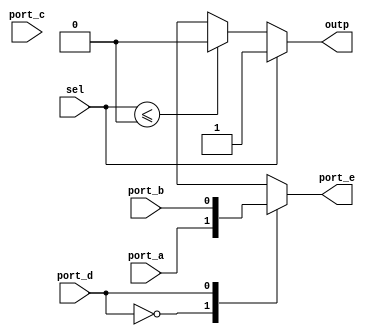
module MOD_NR_SYXZ (sel,port_a,port_b,port_c,port_d,port_e,outp);
   input sel,port_a,port_b,port_c,port_d;
   output port_e, outp;
   reg port_e, outp;
   always @(port_a or port_b or port_c or port_d)
   begin
      casez(port_d)
      2'b00: port_e = port_a;
      2'b01: port_e = port_b;
      2'b10: port_e = port_c;
      2'b11: port_e = 4'b00xx;
      default: port_e = 4'bx;
      endcase
   end
   always @(sel)
   begin
      if(sel == 1'b1)
      outp = 1'b1;
      else if(sel <= 1'b0)
      outp = 1'b0;
      else
      outp = 1'bx;
   end
endmodule